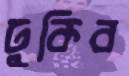
ঢুকিব